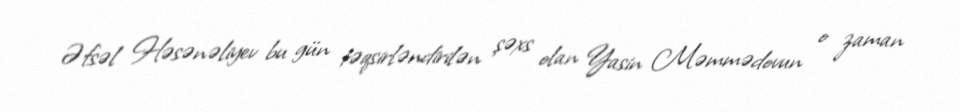
Əfsəl Həsənəliyev bu gün təqsirləndirilən şəxs olan Yasin Məmmədovun o zaman